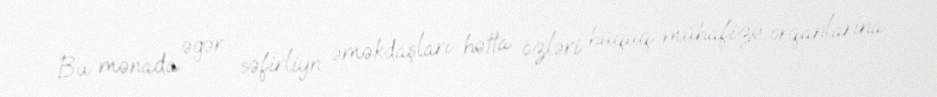
Bu mənada əgər səfirliyn əməkdaşları hətta özləri hüquq-mühafizə orqanlarına